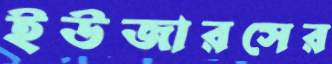
ইউজারসের